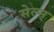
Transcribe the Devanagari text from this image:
सेल्स्